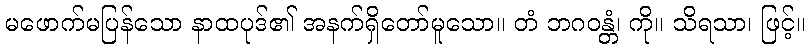
မဖောက်မပြန်သော နာထပုဒ်၏ အနက်ရှိတော်မူသော။ တံ ဘဂဝန္တံ၊ ကို။ သိရသာ၊ ဖြင့်။